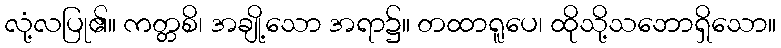
လုံ့လပြု၏။ ကတ္တစိ၊ အချို့သော အရာ၌။ တထာရူပေ၊ ထိုသို့သဘောရှိသော။